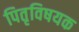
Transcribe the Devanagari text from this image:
पितृविषयक